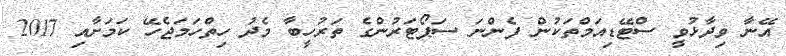
އޭނާ ވިދާޅުވީ ސްޓޭޑިއަމްތަކުން ފެންނަ ސަޕޯޓަރުންގެ ތަރުހީބާ މެދު ހިތްހަމަޖެހޭ ކަމަށާއި 2017